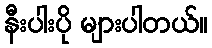
နီးပါးပို များပါတယ်။